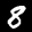
Label: 8